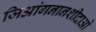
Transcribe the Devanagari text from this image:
जिआंगनानशीदाओ